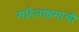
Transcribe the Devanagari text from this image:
महिलाश्रमाची